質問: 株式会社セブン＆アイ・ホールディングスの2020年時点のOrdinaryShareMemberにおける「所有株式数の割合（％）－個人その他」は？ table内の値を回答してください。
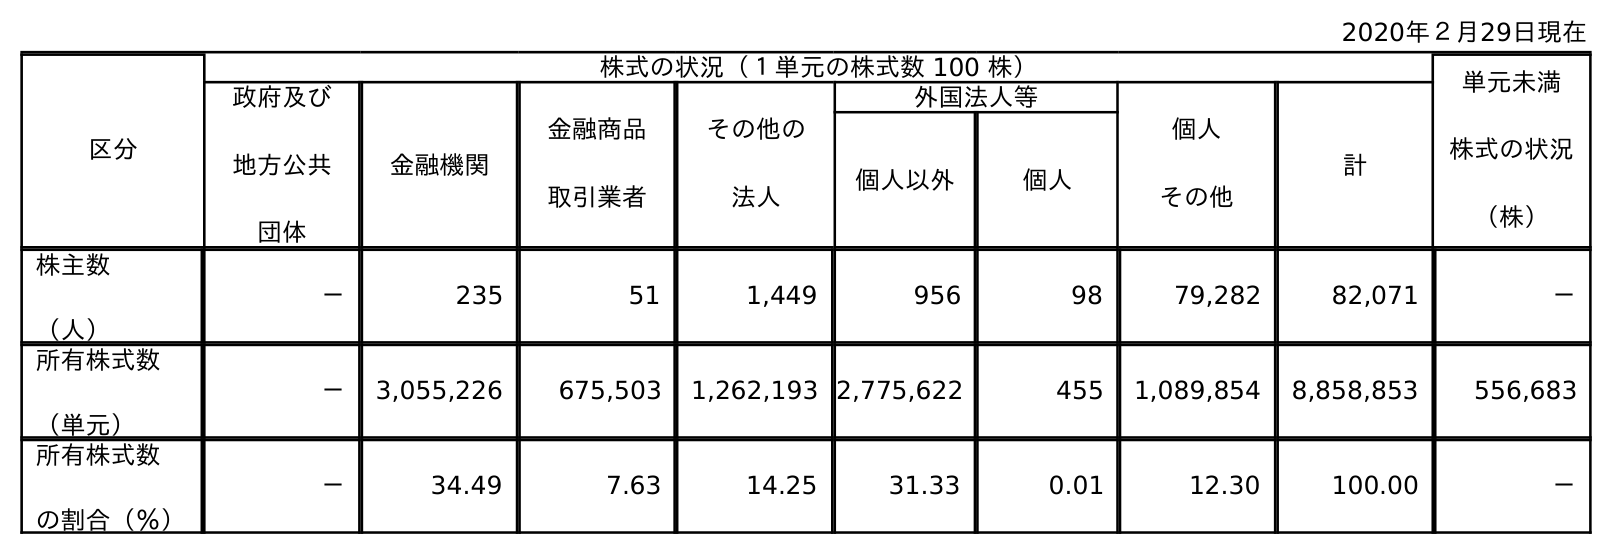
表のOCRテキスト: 2020年２月29日現在 区分 株式の状況（１単元の株式数 100 株） 単元未満 株式の状況 （株） 政府及び 地方公共 団体 金融機関 金融商品 取引業者 その他の 法人 外国法人等 個人 その他 計 個人以外 個人 株主数 （人） － 235 51 1,449 956 98 79,282 82,071 － 所有株式数 （単元） － 3,055,226 675,503 1,262,193 2,775,622 455 1,089,854 8,858,853 556,683 所有株式数 の割合（％） － 34.49 7.63 14.25 31.33 0.01 12.30 100.00 －
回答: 12.30